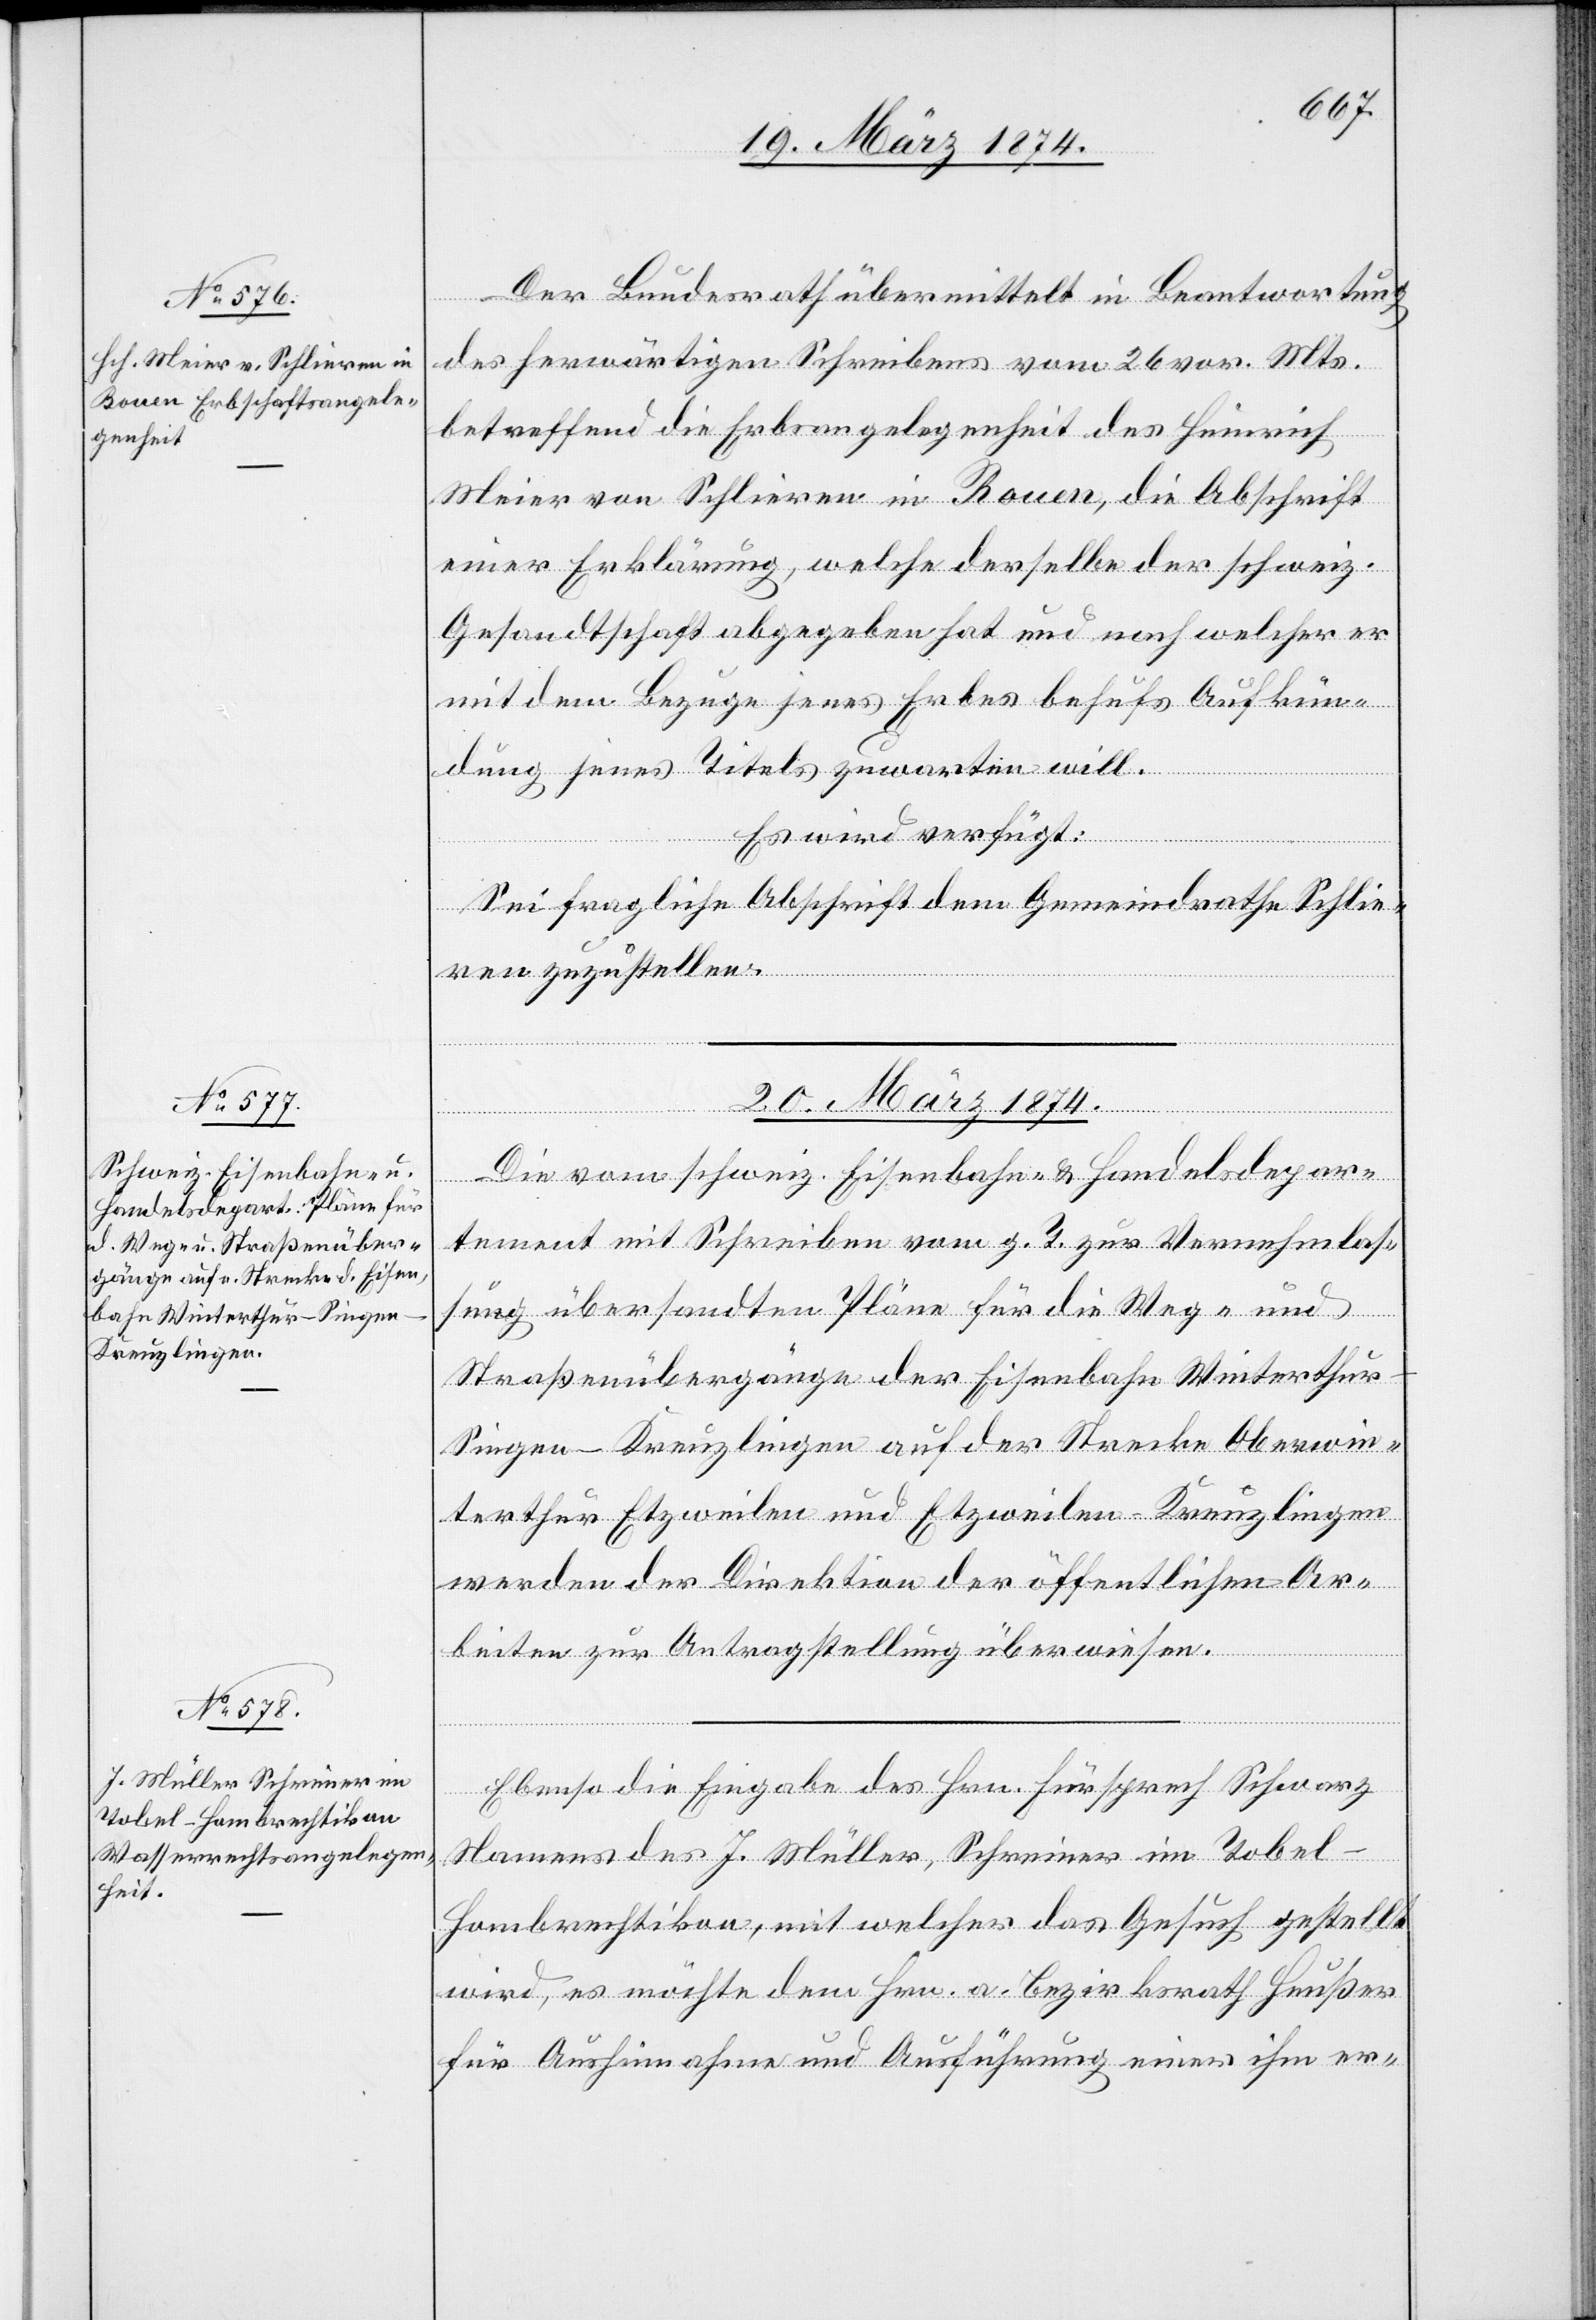
19. März 1874.]
Der Bundesrath übermittelt in Beantwortung
des herwärtigen Schreibens vom 26. vor. Mts.
betreffend die Erbangelegenheit des Heinrich
Meier von Schlieren in Rouen, die Abschrift
einer Erklärung, welche derselbe der schweiz.
Gesandtschaft abgegeben hat und nach welcher er
mit dem Bezuge jenes Erbes behufs Aufkün¬
dung jenes Titels zuwarten will.
20. März 1874.]
Die vom schweiz. Eisenbahn- u. Handelsdepar¬
tement mit Schreiben vom g. T. zur Vernehmlas¬
sung übersandten Pläne für die Weg- und
Straßenübergänge der Eisenbahn Winterthu¬
r-Singen-Kreuzlingen auf der Strecke Oberwin¬
terthur[-]Etzweilen und Etzweilen-Kreuzlingen
werden der Direktion der öffentlichen Ar¬
beiten zur Antragstellung überwiesen.
Ebenso die Eingabe des Hrn. Fürsprech Schwarz
Namens des J. Müller, Schreiner in Tobel-H¬
ombrechtikon, mit welcher das Gesuch gestellt
wird, es möchte dem Hrn. a. Bezirksrath Heußer
für Aushinnahme und Ausführung einer ihm er-